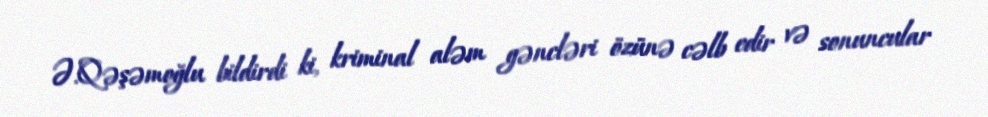
Ə.Qəşəmoğlu bildirdi ki, kriminal aləm gəncləri özünə cəlb edir və sonuncular